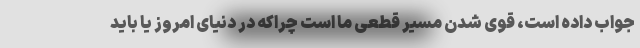
جواب داده است،‌ قوی شدن مسیر قطعی ما است چراکه در دنیای امروز یا باید